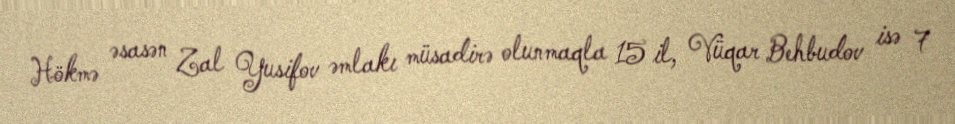
Hökmə əsasən Zal Yusifov əmlakı müsadirə olunmaqla 15 il, Vüqar Behbudov isə 7